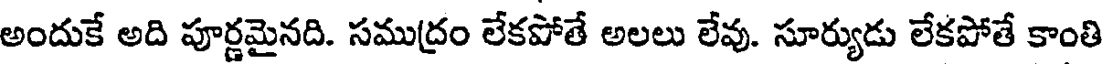
అందుకే అది పూర్ణమైనది. సముద్రం లేకపోతే అలలు లేవు. సూర్యుడు లేకపోతే కాంతి